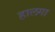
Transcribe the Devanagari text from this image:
हालगा